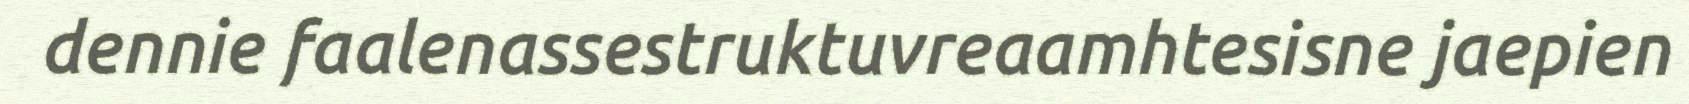
dennie faalenassestruktuvreaamhtesisne jaepien